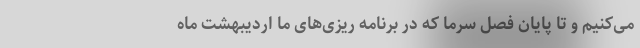
می‌کنیم و تا پایان فصل سرما که در برنامه ریزی‌های ما اردیبهشت ماه